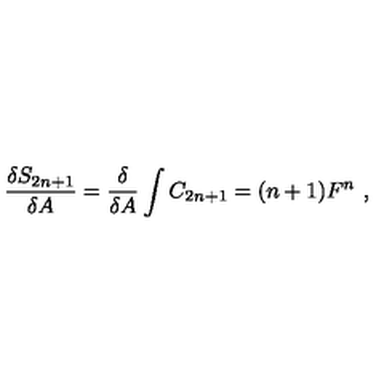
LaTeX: \frac { \delta S _ { 2 n + 1 } } { \delta A } = \frac { \delta } { \delta A } \int C _ { 2 n + 1 } = ( n + 1 ) F ^ { n } \ ,